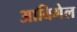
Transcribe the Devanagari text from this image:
आबिगेल